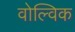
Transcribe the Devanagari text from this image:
वोल्विक